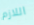
اللازم